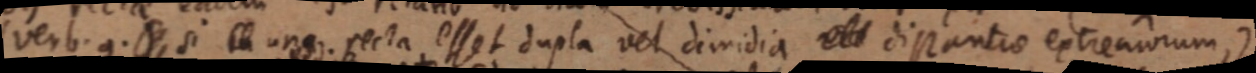
verb. g. _ si _ un _. recta esset dupla vel dimidia ett distantiae extremorum,)